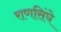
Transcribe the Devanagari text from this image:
राणसिंघे